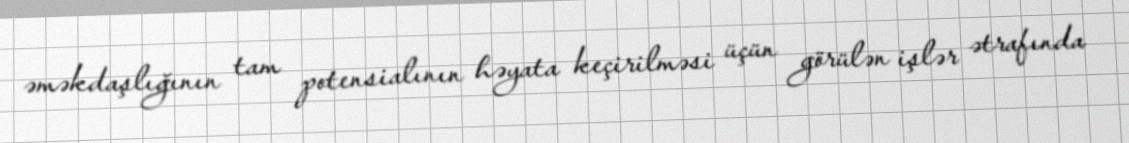
əməkdaşlığının tam potensialının həyata keçirilməsi üçün görülən işlər ətrafında